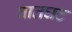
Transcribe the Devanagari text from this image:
वातघट